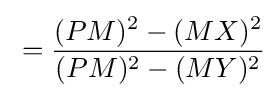
{}={(PM)^{2}-(MX)^{2} \over (PM)^{2}-(MY)^{2}}